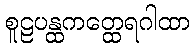
စူဠပန္ထကတ္ထေရဂါထာ